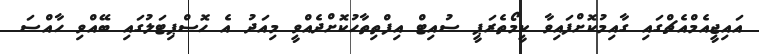
އައިޖީއެމްއެޗްގައި ގާއިމުކޮށްފައިވާ ކީމޯތެރަޕީ ސުއިޓް އިފްތިތާހުކޮށްދެއްވީ މިއަދު އެ ހޮސްޕިޓަލުގައި ބޭއްވި ހާއްސަ